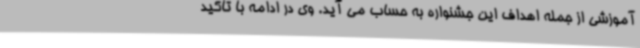
آموزشی از جمله اهداف این جشنواره به حساب می آید. وی در ادامه با تاکید